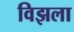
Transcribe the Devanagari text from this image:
विझला